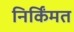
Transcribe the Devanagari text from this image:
निर्किंमत